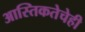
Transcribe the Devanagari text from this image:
आस्तिकतेचेही